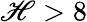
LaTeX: \mathscr{H}>8